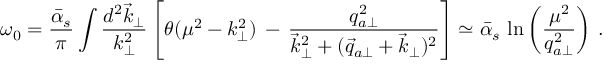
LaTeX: \omega _ { 0 } = { \frac { \bar { \alpha } _ { s } } { \pi } } \int { \frac { d ^ { 2 } \vec { k } _ { \perp } } { k _ { \perp } ^ { 2 } } } \left[ \theta ( \mu ^ { 2 } - k _ { \perp } ^ { 2 } ) \, - \, { \frac { q _ { a \perp } ^ { 2 } } { \vec { k } _ { \perp } ^ { 2 } + ( \vec { q } _ { a \perp } + \vec { k } _ { \perp } ) ^ { 2 } } } \right] \simeq { \bar { \alpha } _ { s } } \, \ln \left( { \frac { \mu ^ { 2 } } { q _ { a \perp } ^ { 2 } } } \right) \, .